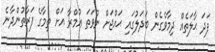
ފަދަ ޙާލަތެއް ދިމާވެގެން ބަދަލުގައި ޙައްޖަށް ނުވަތަ ޢުމްރާ އަށް ތިމާގެ ފަރާތުންދާނެ